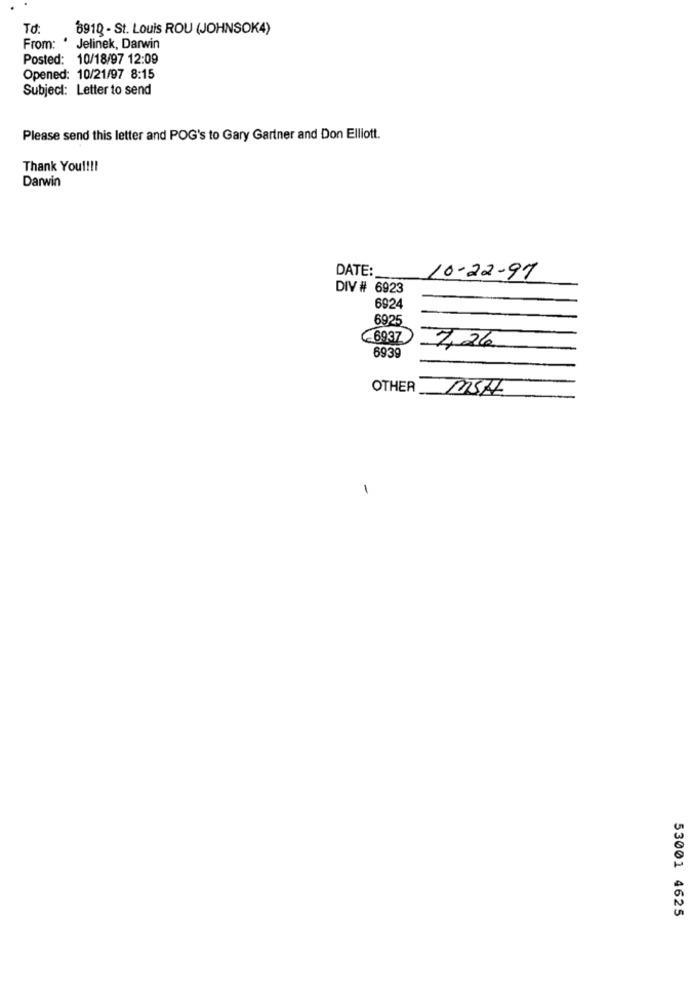
To:
8910 - St. Louis ROU (JOHNSOK4)
From: ' Jelinek, Darwin
Posted: 10/18/97 12:09
Opened: 10/21/97 8:15
Subject: Letter to send
Please send this letter and POG's to Gary Gartner and Don Elliott.
Thank You !!!!
Darwin
DATE:
10-22-97
DIV # 6923
6924
6925
-6937
7,26
6939
OTHER
MSA
1
53001 4625